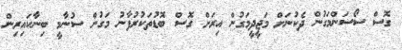
ގޮސް ސޯސަންމަގުން ދެކުނަށް މަޖީދީމަގުން އިރަށް ގޮސް ބޮޑުތަކުރުފާނު މަގުން ސުނާމީ ބިނާކައިރިން